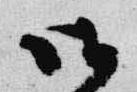
御